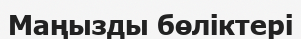
Маңызды бөліктері